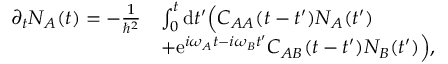
\begin{array} { r l } { \partial _ { t } N _ { A } ( t ) = - \frac { 1 } { \hbar ^ { 2 } } } & { \int _ { 0 } ^ { t } \mathrm { d } t ^ { \prime } \Big ( C _ { A A } ( t - t ^ { \prime } ) N _ { A } ( t ^ { \prime } ) } \\ & { + \mathrm { e } ^ { i \omega _ { A } t - i \omega _ { B } t ^ { \prime } } C _ { A B } ( t - t ^ { \prime } ) N _ { B } ( t ^ { \prime } ) \Big ) , } \end{array}